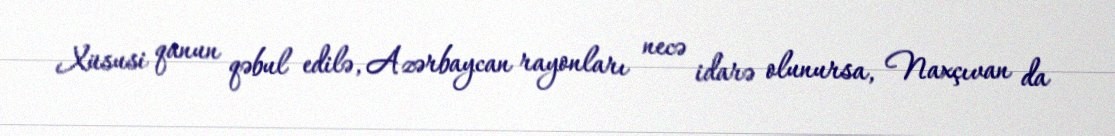
Xüsusi qanun qəbul edilə, Azərbaycan rayonları necə idarə olunursa, Naxçıvan da